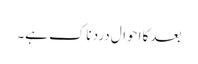
بعد کا احوال درد ناک ہے۔